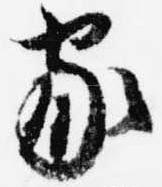
家